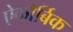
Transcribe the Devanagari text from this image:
ऐकौर्बिक